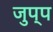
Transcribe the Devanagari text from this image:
जुप्प